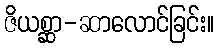
ဇိယစ္ဆာ-ဆာလောင်ခြင်း။